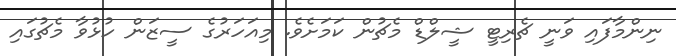
ނިންމާފައި ވަނީ ޗެރިޓީ ޝީލްޑް މެޗުން ކަމަށެވެ. މިއަހަރުގެ ސީޒަން ހުޅުވާ މެޗުގައި